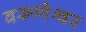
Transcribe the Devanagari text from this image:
वरूणेश्वर